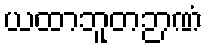
ယထာဘူတဉာဏံ